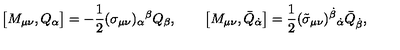
\big [ M _ { \mu \nu } , Q _ { \alpha } \big ] = - { \frac { 1 } { 2 } } ( \sigma _ { \mu \nu } ) _ { \alpha } { } ^ { \beta } Q _ { \beta } , \qquad \big [ M _ { \mu \nu } , \bar { Q } _ { \dot { \alpha } } \big ] = { \frac { 1 } { 2 } } ( \tilde { \sigma } _ { \mu \nu } ) ^ { \dot { \beta } } { } _ { \dot { \alpha } } \bar { Q } _ { \dot { \beta } } ,